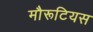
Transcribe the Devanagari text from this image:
मौरूटियस